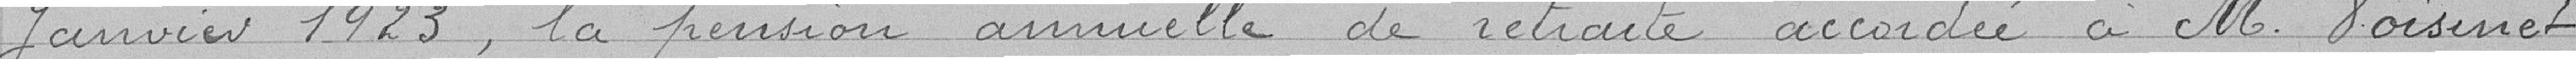
janvier 1923, la pension annuelle de retraite accordée à M. Voisinet